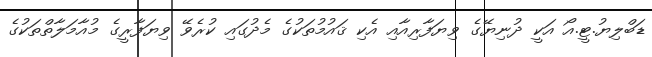
ޑަބްލިޔު.ޓީ.އޯ އަކީ ދުނިޔޭގެ ވިޔަފާރިއާއި އެކި ޤައުމުތަކުގެ މެދުގައި ކުރެވޭ ވިޔަފާރީގެ މުއާމަލާތްތަކުގެ